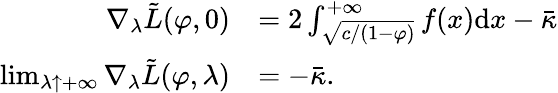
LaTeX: \begin{array}{rl}{{\nabla_{\lambda}}\tilde{L}(\varphi,0)}&{=2\int_{\sqrt{c/(1-\varphi)}}^{+\infty}f(x)\mathrm{d}x-\bar{\kappa}}\\ {\operatorname*{lim}_{\lambda\uparrow+\infty}{\nabla_{\lambda}}\tilde{L}(\varphi,\lambda)}&{=-\bar{\kappa}.}\end{array}